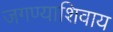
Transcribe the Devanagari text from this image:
जगण्याशिवाय